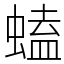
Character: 䗘